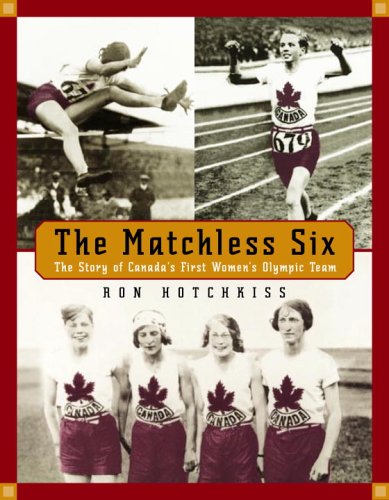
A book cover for The Matchless Six: The Story of Canada's First Women's Olympic Team; Ron Hotchkiss; Children's Books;